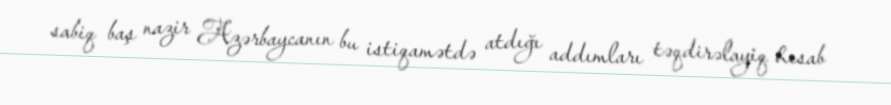
sabiq baş nazir Azərbaycanın bu istiqamətdə atdığı addımları təqdirəlayiq hesab